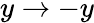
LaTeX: y\rightarrow-y